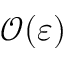
\mathcal O ( \varepsilon )